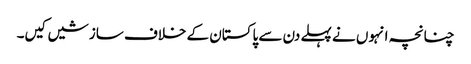
چنانچہ انہوں نے پہلے دن سے پاکستان کے خلاف سازشیں کیں۔